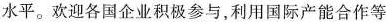
水平。欢迎各国企业积极参与，利用国际产能合作等